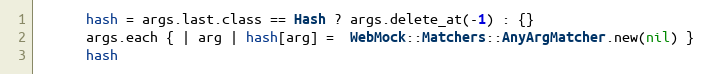
Language: Ruby
      hash = args.last.class == Hash ? args.delete_at(-1) : {}
      args.each { | arg | hash[arg] =  WebMock::Matchers::AnyArgMatcher.new(nil) }
      hash